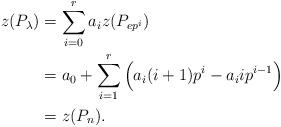
LaTeX: \begin{align*} z(P_\lambda) &= \sum_{i = 0}^r a_i z(P_{ep^i}) \\ &= a_0 + \sum_{i= 1}^ r \Big(a_i (i+1)p^i - a_i i p^{i-1} \Big)\\ &= z(P_n). \end{align*}